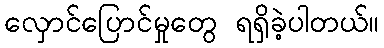
လှောင်ပြောင်မှုတွေ ရရှိခဲ့ပါတယ်။